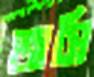
অসি